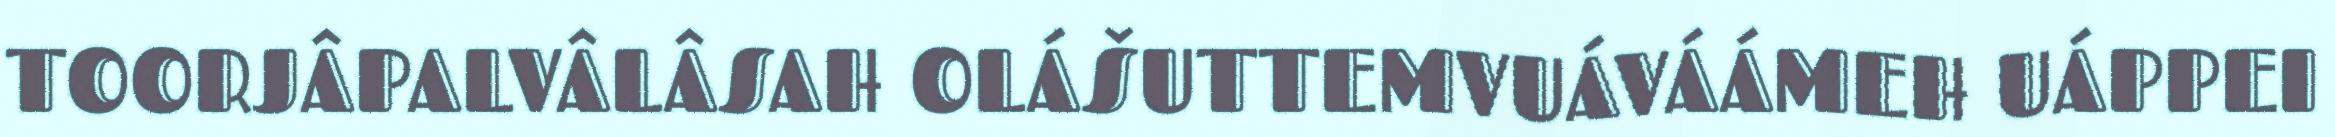
TOORJÂPALVÂLÂSAH OLÁŠUTTEMVUÁVÁÁMEH UÁPPEI